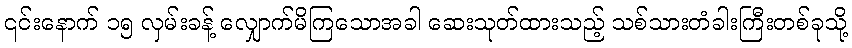
၎င်းနောက် ၁၅ လှမ်းခန့် လျှောက်မိကြသောအခါ ဆေးသုတ်ထားသည့် သစ်သားတံခါးကြီးတစ်ခုသို့